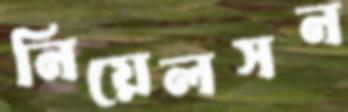
নিয়েলসন